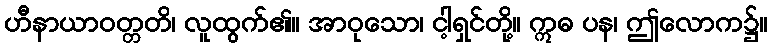
ဟီနာယာဝတ္တတိ၊ လူထွက်၏။ အာဝုသော၊ ငါ့ရှင်တို့။ ဣဓ ပန၊ ဤလောက၌။